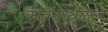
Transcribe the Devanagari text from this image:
कीर्तनस्थळाचे